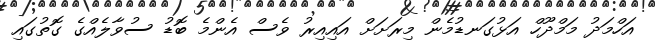
އަހްމަދު މަމްދޫހް އަޅުގަނޑުމެން މިރަށަށް އައިއިރު ވެސް އެންމެ ބޮޑު ސުވާލެއްގެ ގޮތުގައި